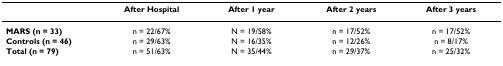
<table><thead><tr><td></td><td><b>After Hospital</b></td><td><b>After 1 year</b></td><td><b>After 2 years</b></td><td><b>After 3 years</b></td></tr></thead><tbody><tr><td><b>MARS (n = 33)</b></td><td>n = 22/67%</td><td>N = 19/58%</td><td>n = 17/52%</td><td>n = 17/52%</td></tr><tr><td><b>Controls (n = 46)</b></td><td>n = 29/63%</td><td>N = 16/35%</td><td>n = 12/26%</td><td>n = 8/17%</td></tr><tr><td><b>Total (n = 79)</b></td><td>n = 51/63%</td><td>N = 35/44%</td><td>n = 29/37%</td><td>n = 25/32%</td></tr></tbody></table>